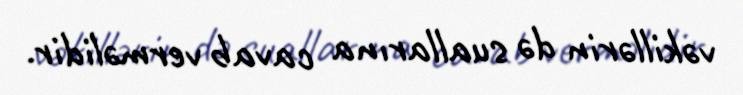
vəkillərin də suallarına cavab verməlidir.